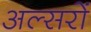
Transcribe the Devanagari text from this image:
अल्सरों